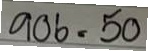
906 = 50